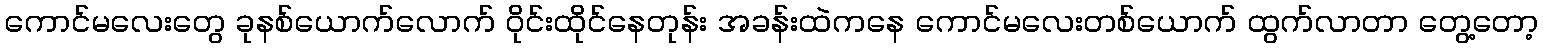
ကောင်မလေးတွေ ခုနစ်ယောက်လောက် ဝိုင်းထိုင်နေတုန်း အခန်းထဲကနေ ကောင်မလေးတစ်ယောက် ထွက်လာတာ တွေ့တော့